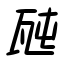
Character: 瓲